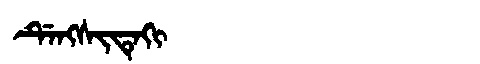
Manchu: ᡩᡝᠩᠰᡳᡨᡝᡴᡳ
Romanization: DENGSITEKI